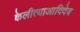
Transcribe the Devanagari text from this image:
केलीत्याआदिदेव